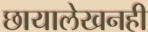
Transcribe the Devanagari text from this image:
छायालेखनही